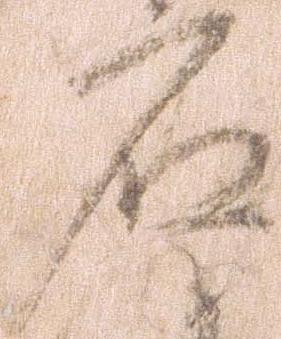
石